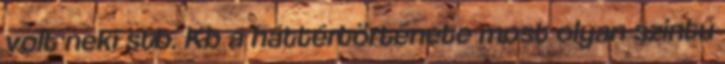
volt neki stb. Kb a háttértörténete most olyan szintű